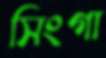
সিংগা